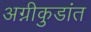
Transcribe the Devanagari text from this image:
अग्नीकुडांत